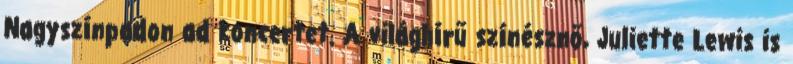
Nagyszínpadon ad koncertet. A világhírű színésznő, Juliette Lewis is